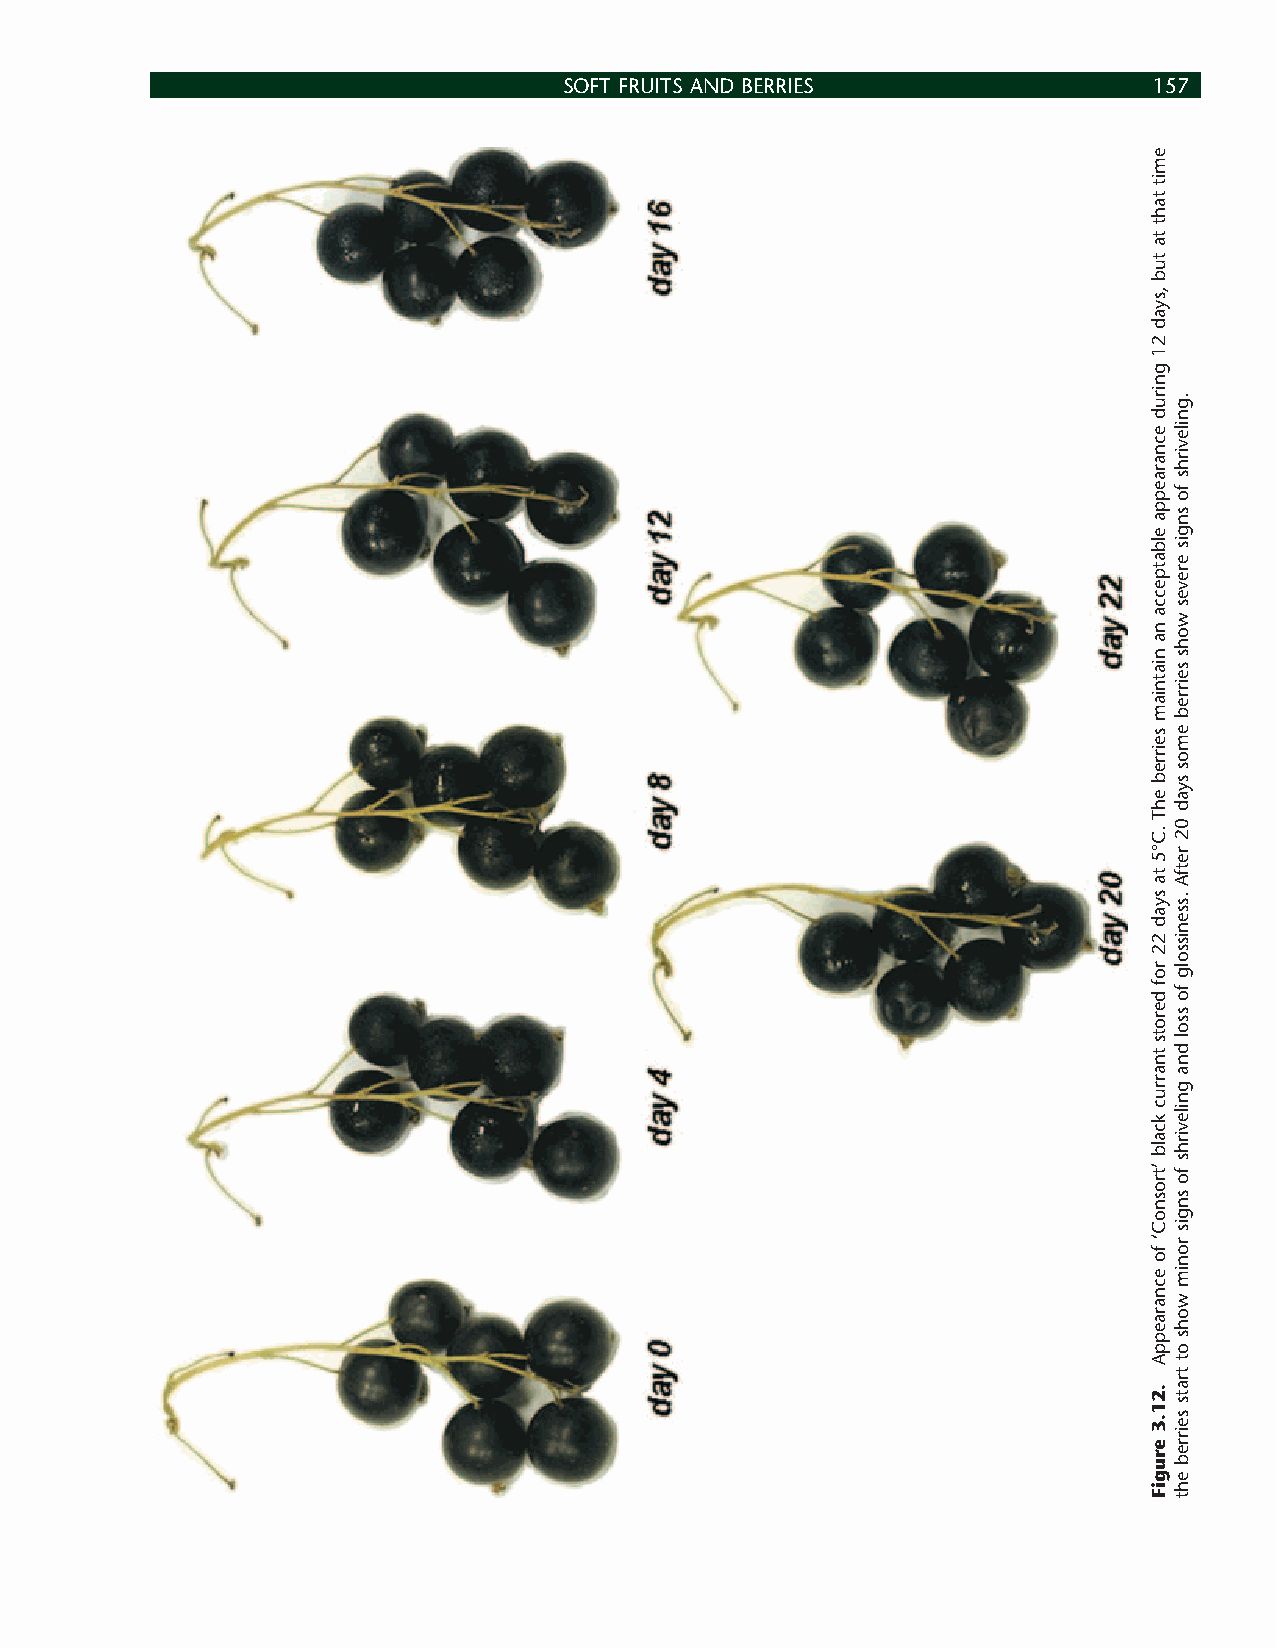
SOFT FRUITS AND BERRIES                157
 emit
 taht
 ta
 tub
 ,syad
 21
 gnirud
 ecnaraeppa
 elbatpecca
 na
 niatniam
 seirreb
 ehT
 .C°5
 ta
 syad
 22
 rof
 derots
 tnarruc
 kcalb
 ’trosnoC‘
 fo
 ecnaraeppA
 .21.3
 erugiF
 .gnilevirhs
 fo
 sngis
 ereves
 wohs
 seirreb
 emos
 syad
 02
 retfA
 .ssenissolg
 fo
 ssol
 dna
 gnilevirhs
 fo
 sngis
 ronim
 wohs
 ot
 trats
 seirreb
 eht